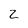
Character: Z